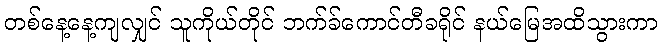
တစ်နေ့နေ့ကျလျှင် သူကိုယ်တိုင် ဘက်ခ်ကောင်တီခရိုင် နယ်မြေအထိသွားကာ